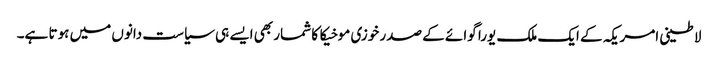
لاطینی امریکہ کے ایک ملک یورا گوائے کے صدر خوزی موخیکا کا شمار بھی ایسے ہی سیاست دانوں میں ہوتا ہے۔